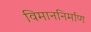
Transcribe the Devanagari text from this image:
विमाननिर्माण